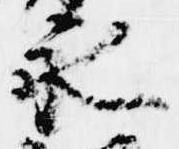
永